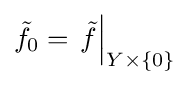
{\tilde {f}}_{0}=\left.{\tilde {f}}\right|_{Y\times \{0\}}